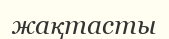
жақтасты